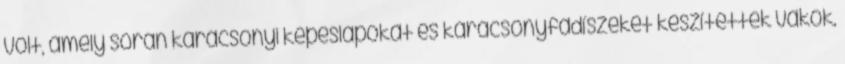
volt, amely során karácsonyi képeslapokat és karácsonyfadíszeket készítettek vakok,